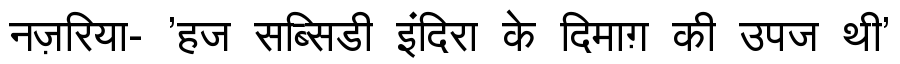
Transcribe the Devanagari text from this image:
नज़रिया- 'हज सब्सिडी इंदिरा के दिमाग़ की उपज थी'